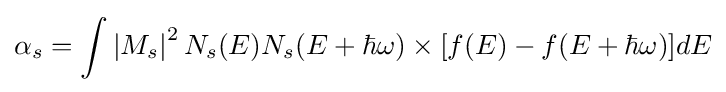
\alpha _{s}=\int {\left|M_{s}\right|^{2}N_{s}(E)N_{s}(E+\hbar \omega )\times [f(E)-f(E+\hbar \omega )]{\rm {}}}dE